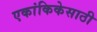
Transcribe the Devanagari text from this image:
एकांकिकेसाठी